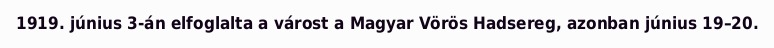
1919. június 3-án elfoglalta a várost a Magyar Vörös Hadsereg, azonban június 19–20.